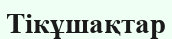
Тікұшақтар